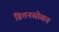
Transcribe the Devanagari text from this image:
ब्रितनसोबत